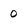
Character: 0